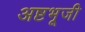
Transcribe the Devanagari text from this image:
अष्टभूजी